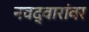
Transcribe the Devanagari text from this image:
नवद्वारांवर